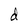
Character: d